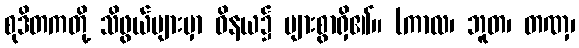
စုဒိတကတို့ သိဖွယ်များမှာ ဝိနယ၌ များစွာရှိ၏။ (ကာလ၊ ဘူတ၊ တဏှ၊